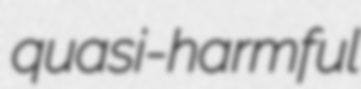
quasi-harmful